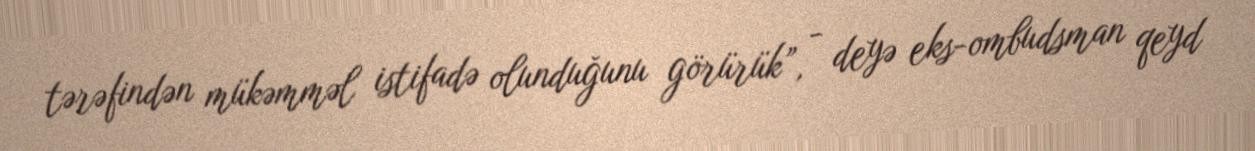
tərəfindən mükəmməl istifadə olunduğunu görürük”, - deyə eks-ombudsman qeyd